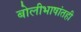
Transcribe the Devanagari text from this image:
बोलीभाषांतही